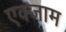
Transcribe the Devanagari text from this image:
एक्जाम